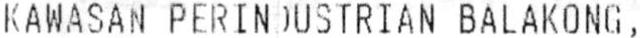
KAWASAN PERINOUSTRIAN BALAKONG,